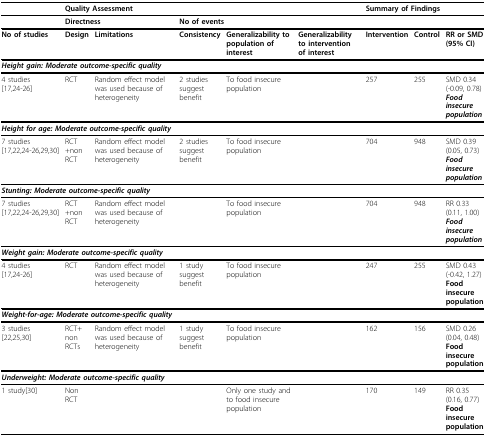
<table><thead><tr><td></td><td colspan="5"><b>Quality Assessment</b></td><td colspan="3"><b>Summary of Findings</b></td></tr></thead><tbody><tr><td colspan="4"></td><td colspan="2"><b>Directness</b></td><td colspan="2"><b>No of events</b></td><td></td></tr><tr><td><b>No of studies</b></td><td><b>Design</b></td><td><b>Limitations</b></td><td><b>Consistency</b></td><td><b>Generalizability to population of interest</b></td><td><b>Generalizability to intervention of interest</b></td><td><b>Intervention</b></td><td><b>Control</b></td><td><b>RR or SMD (95% CI)</b></td></tr><tr><td colspan="9"><i><b>Height gain: Moderate outcome-specific quality</b></i></td></tr><tr><td>4 studies[17,24-26]</td><td>RCT</td><td>Random effect model was used because of heterogeneity</td><td>2 studies suggest benefit</td><td>To food insecure population</td><td></td><td>257</td><td>255</td><td>SMD 0.34(-0.09, 0.78)<i><b>Food insecure population</b></i></td></tr><tr><td colspan="9"><i><b>Height for age: Moderate outcome-specific quality</b></i></td></tr><tr><td>7 studies[17,22,24-26,29,30]</td><td>RCT +non RCT</td><td>Random effect model was used because of heterogeneity</td><td>2 studies suggest benefit</td><td>To food insecure population</td><td></td><td>704</td><td>948</td><td>SMD 0.39 (0.05, 0.73)<i><b>Food insecure population</b></i></td></tr><tr><td colspan="9"><i><b>Stunting: Moderate outcome-specific quality</b></i></td></tr><tr><td>7 studies[17,22,24-26,29,30]</td><td>RCT +non RCT</td><td>Random effect model was used because of heterogeneity</td><td></td><td>To food insecure population</td><td></td><td>704</td><td>948</td><td>RR 0.33 (0.11, 1.00)<i><b>Food insecure population</b></i></td></tr><tr><td colspan="9"><i><b>Weight gain: Moderate outcome-specific quality</b></i></td></tr><tr><td>4 studies[17,24-26]</td><td>RCT</td><td>Random effect model was used because of heterogeneity</td><td>1 study suggest benefit</td><td>To food insecure population</td><td></td><td>247</td><td>255</td><td>SMD 0.43 (-0.42, 1.27)<b>Food insecure population</b></td></tr><tr><td colspan="9"><i><b>Weight-for-age: Moderate outcome-specific quality</b></i></td></tr><tr><td>3 studies[22,25,30]</td><td>RCT+ non RCTs</td><td>Random effect model was used because of heterogeneity</td><td>1 study suggest benefit</td><td>To food insecure population</td><td></td><td>162</td><td>156</td><td>SMD 0.26 (0.04, 0.48)<b>Food insecure population</b></td></tr><tr><td colspan="9"><i><b>Underweight: Moderate outcome-specific quality</b></i></td></tr><tr><td>1 study[30]</td><td>Non RCT</td><td></td><td></td><td>Only one study and to food insecure population</td><td></td><td>170</td><td>149</td><td>RR 0.35 (0.16, 0.77)<b>Food insecure population</b></td></tr></tbody></table>